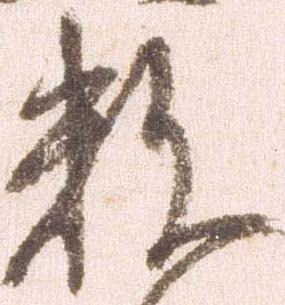
数